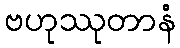
ဗဟုဿုတာနံ